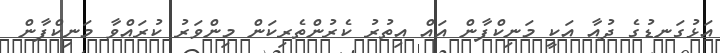
އަޅުގަނޑުގެ ދުއާ އަކީ މަނިކްފާން އައް އިތުރު ކެރުންތެރިކަން މިންވަރު ކުރައްވާ މަނިކްފާން